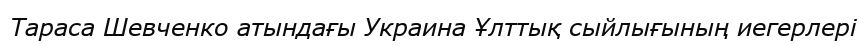
Тараса Шевченко атындағы Украина Ұлттық сыйлығының иегерлері